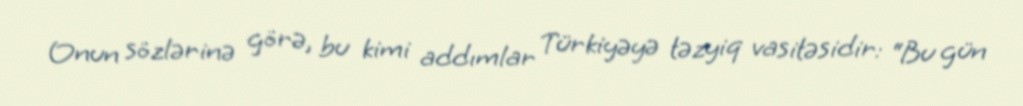
Onun sözlərinə görə, bu kimi addımlar Türkiyəyə təzyiq vasitəsidir: “Bu gün